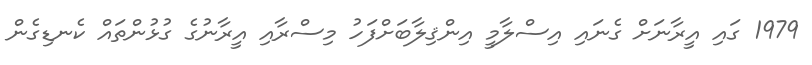
1979 ގައި އީރާނަށް ގެނައި އިސްލާމީ އިންޤިލާބަށްފަހު މިސްރާއި އީރާނުގެ ގުޅުންތައް ކެނޑިގެން